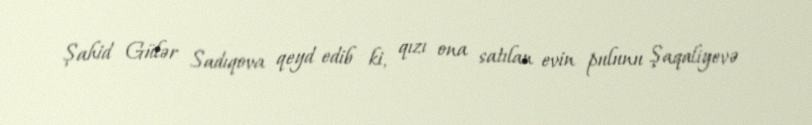
Şahid Gülər Sadıqova qeyd edib ki, qızı ona satılan evin pulunu Şaqaliyevə